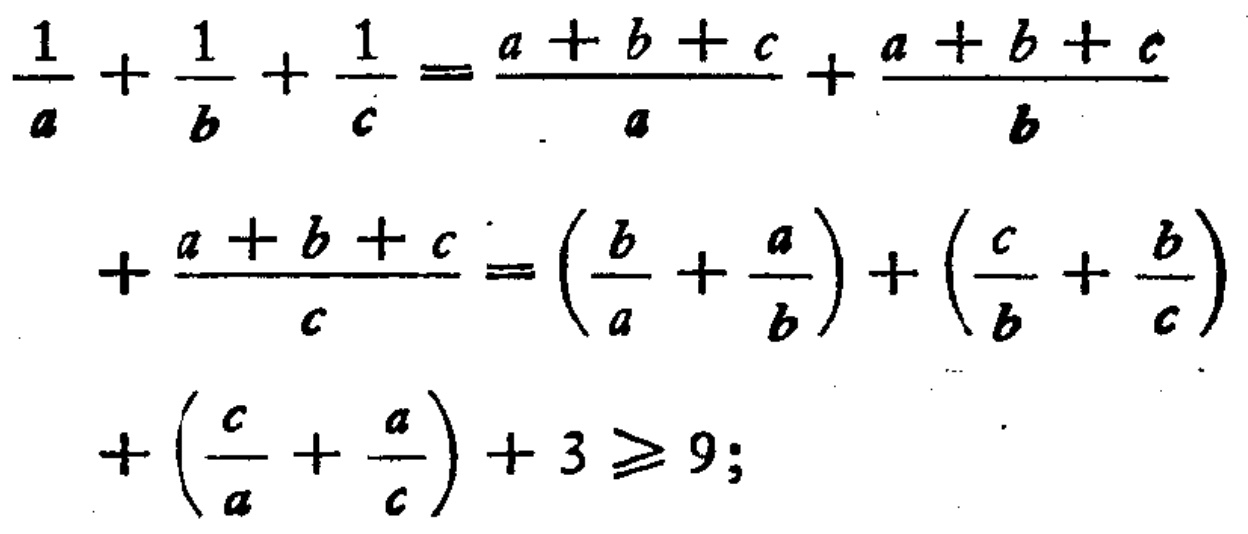
\[\begin{align*}
\frac{1}{a}+\frac{1}{b}+\frac{1}{c}&=\frac{a + b + c}{a}+\frac{a + b + c}{b}\\
+\frac{a + b + c}{c}&=\left(\frac{b}{a}+\frac{a}{b}\right)+\left(\frac{c}{b}+\frac{b}{c}\right)\\
+\left(\frac{c}{a}+\frac{a}{c}\right)+3&\geq9;
\end{align*}\]